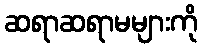
ဆရာဆရာမများကို